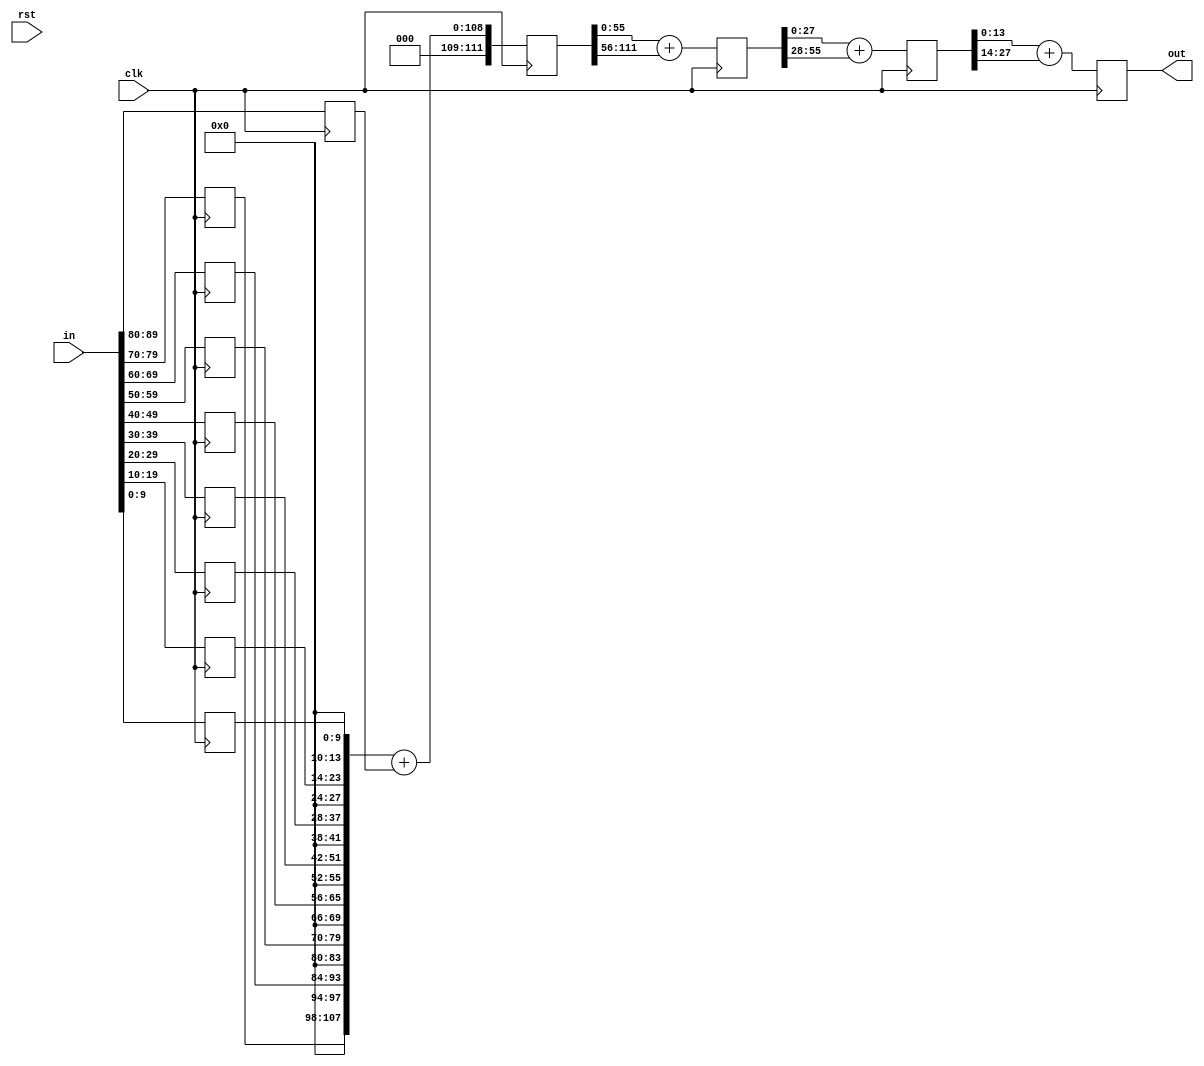
module args_plus #(
    parameter W = 10,   //argument Data Width
    parameter N = 9     //argument Number
)(
input               clk,
input               rst,
input   [W*N-1:0]   in,
output  [W+$clog2(N)-1:0] out
);
localparam WP = $clog2(N);  //width padding
localparam M = 2**WP;   //Number all
localparam WA = W+WP;   //Width all

reg  [WA*M*2-1:0] tmp = 'b0;

genvar i,j;
generate
    for (i = 0;i<N;i=i+1 ) begin:args_padding
        always @(posedge clk ) begin
            // tmp[WA*M+:WA*M] <= {{WA*(M-N){1'b0}},in};
            tmp[(i+M)*WA+:WA] <= {{WP{1'b0}},in[i*W+:W]};
        end
    end
    for (j = 0;j<WP;j=j+1 ) begin:args_plus
        localparam WT = WA*(2**(WP-j-1));
        always @(posedge clk ) begin
            tmp[WT+:WT] <= tmp[2*WT+:WT] +tmp[3*WT+:WT];
        end
    end
assign out = tmp[WA+:WA];
endgenerate
endmodule